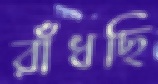
রাঁধছি